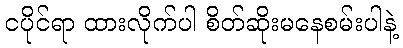
ငပိုင်ရာ ထားလိုက်ပါ စိတ်ဆိုးမနေစမ်းပါနဲ့